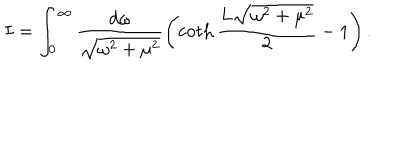
I = \int _ { 0 } ^ { \infty } \frac { d \omega } { \sqrt { \omega ^ { 2 } + \mu ^ { 2 } } } \left( \coth \frac { L \sqrt { \omega ^ { 2 } + \mu ^ { 2 } } } 2 - 1 \right) .